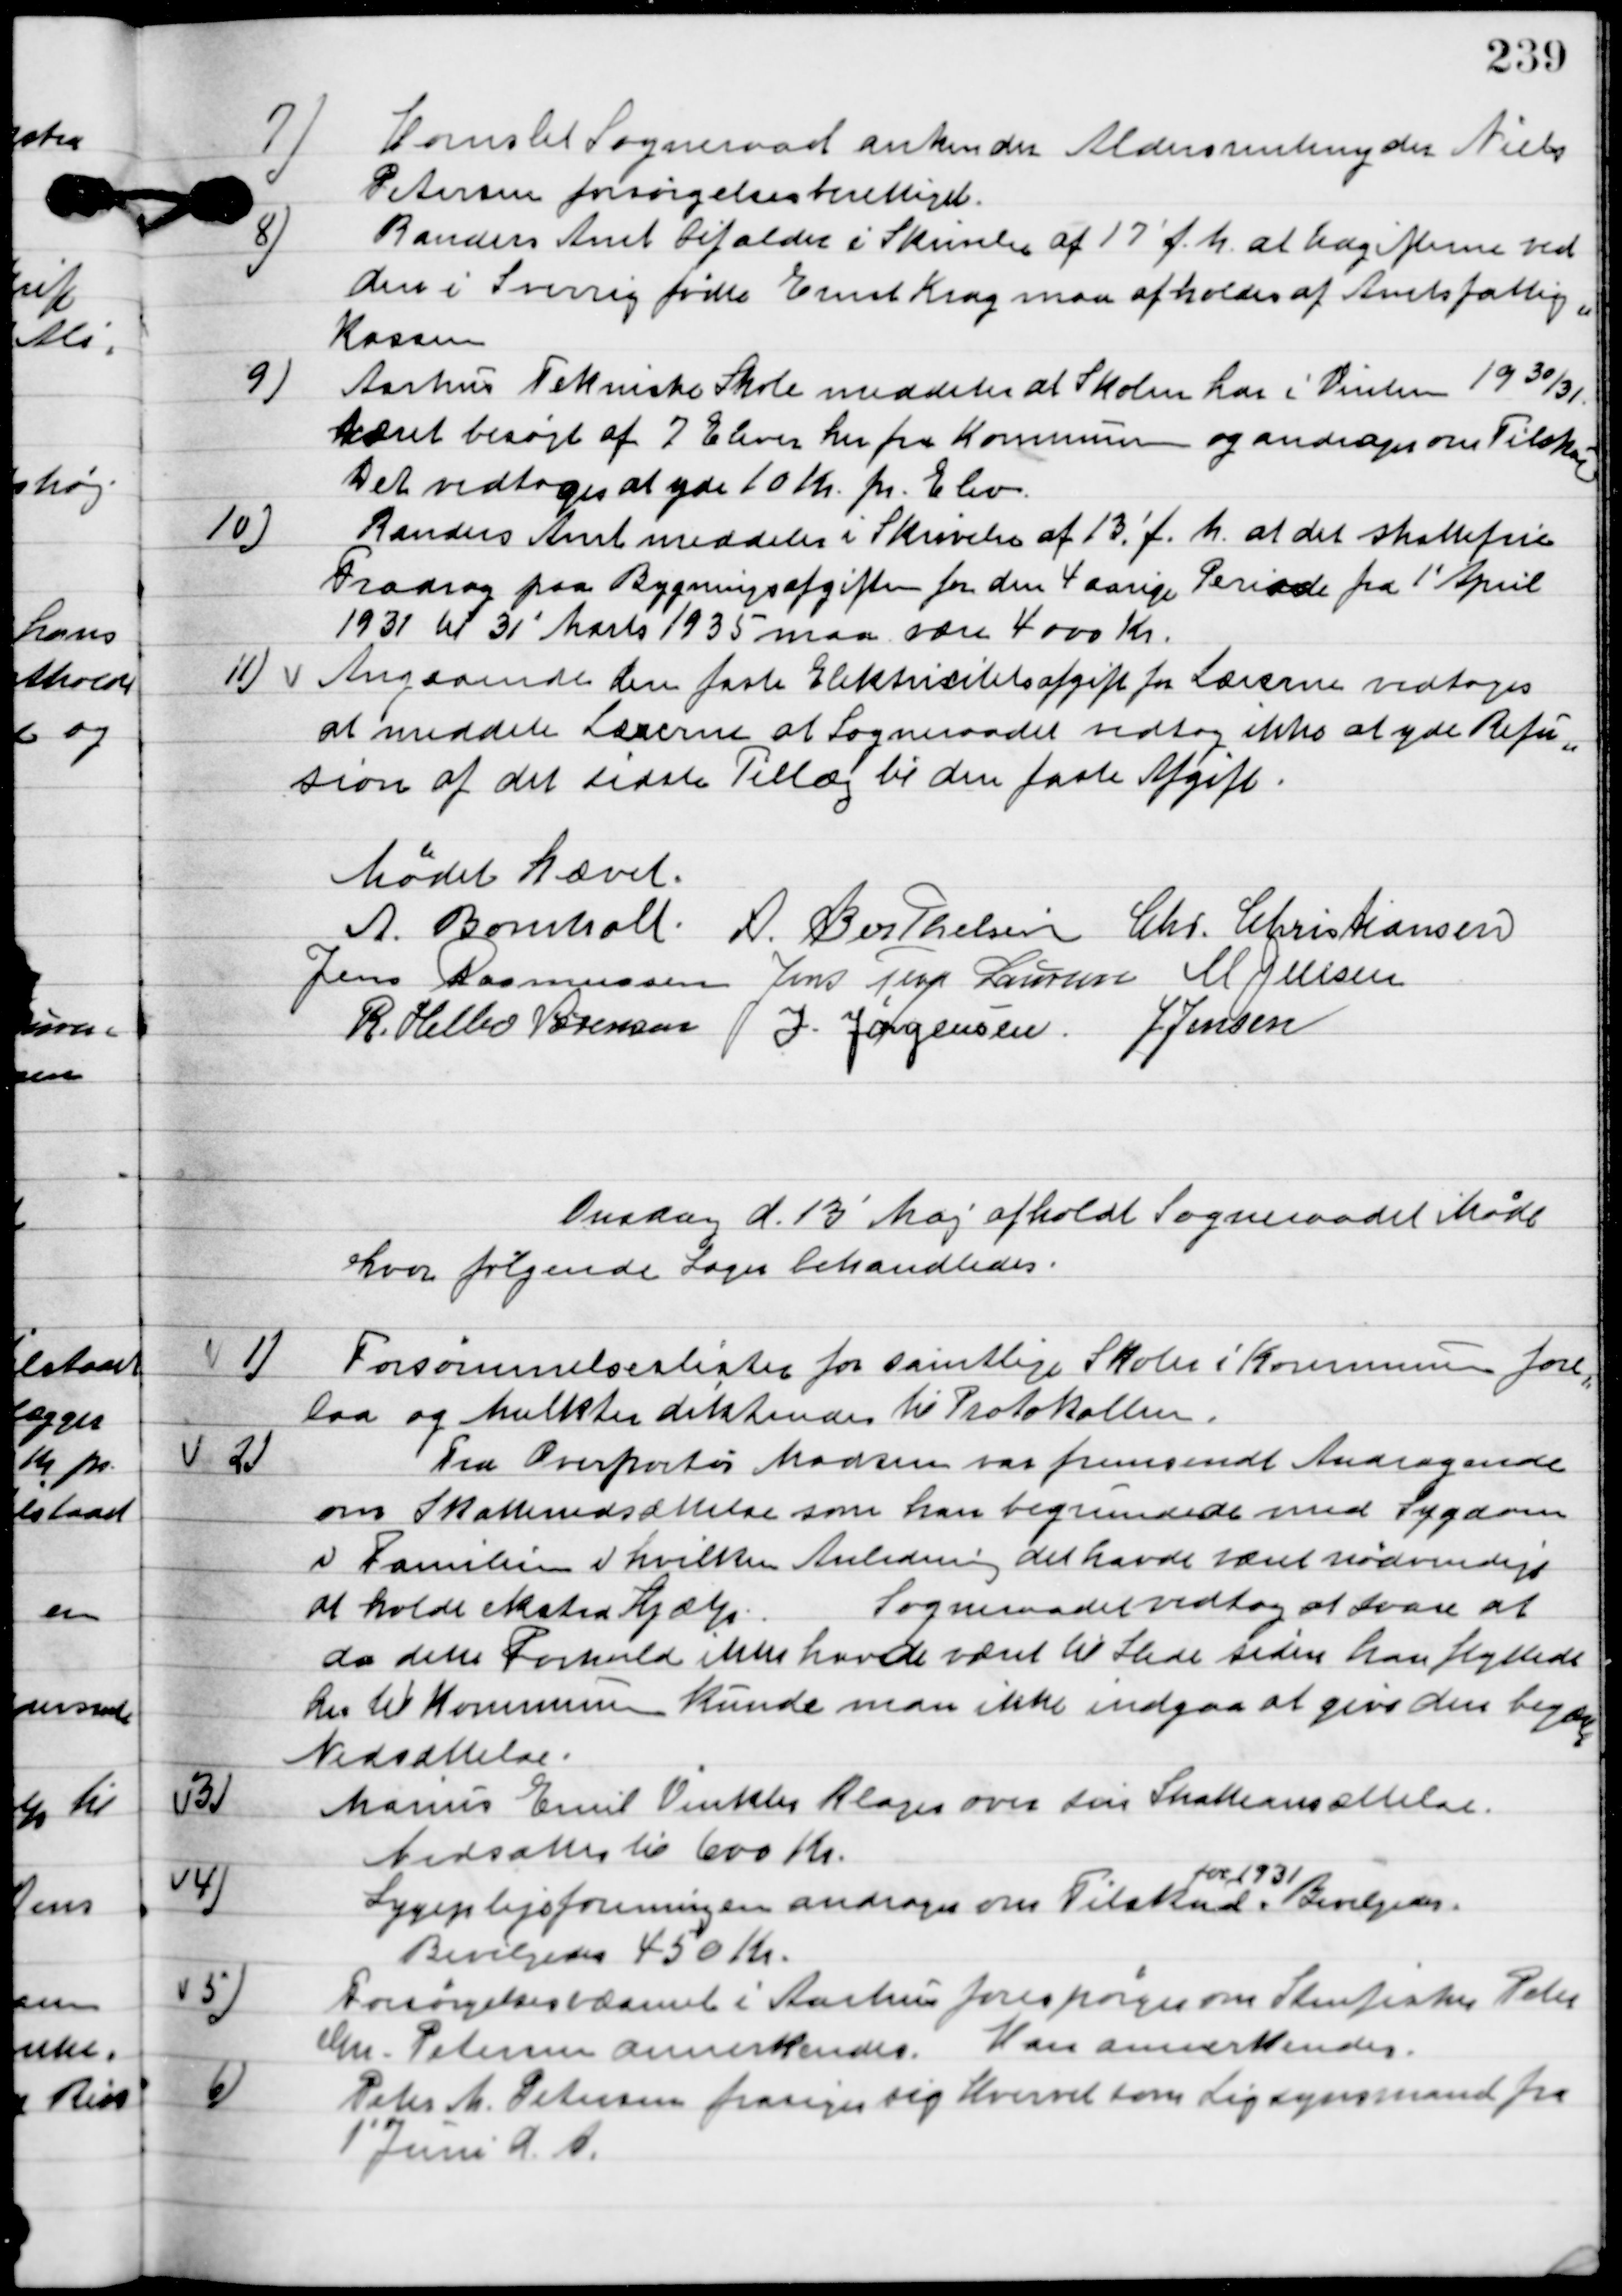
Transskription:
7

Hornslet Sogneraad ankender Aldersrentenyder Niels
Petersen forsørgelses berettiget.

8

Randers Amt bifalder i Skrivelse af 17´ f. M. at udgifterne ved 
den i Sverrig fødtes Ernst Krog maa afholdes af Amtsfattig-
kassen.

9

Aarhus Tekniske Skole meddeler at Skolen har i Vinter 19 30/31
været besøgt af 7 Elever fra Kommunen og andrager om tilskud.
Det vedtoges at yde 10 Kr. pr. Elev.

10

Randers Amt meddeler i Skrivelse af 13´ f. h. at det skattefrie
fradrag paa bygningsafgiften for den 4 aarige Periode fra 1´ April
1931 til 31´ Marts 1935 maa være 4000 Kr.

11

Angaaende den faste Elektricitets afgift for Lærerne vedtoges
 at meddele Lærerne at Sogneraadet vedtog ikke at yde Refu-
sion af det sidste Tillæg til den faste Afgift.

Mødet hævet.

A. Bomholt
A. Berthelsen
Chr. Christiansen
Jens Rasmussen
Jens Terp Laursen
M. Jensen
R. Helbo Sørensen
I. Jørgensen
Jens Jensen

Onsdag d. 13. Maj afholdt Sogneraadet Møde
hvor følgende sager behandledes.

1

Forsømmelseslister for samtlige Skoler i Kommunen fore-
laa og Mulkter dikteredes til Protokollen.

2

Fra Overportør Madsen var fremsendt Andragende
om Skattenedsættelse som han begrundede med Sygdom
v. Familien i hvilken Anledning det havde været nødvendig
at holde ekstra Hjælp.
Sogneraadet vedtog at svare at
da dette Forhold ikke havde været til stede siden han flyttede
her til Kommunen kunde man ikke indgaa at give dem begge
Nedsættelse.

3

Marius Emil Vinkler Klager over sin Skatteansættelse.
Nedsættes til 600 Kr.

4

Sygeplejeforeningen andrager om Tilskud
for 1931
Bevilgedes.
Bevilgedes 450 Kr.

5

Forsørgelsesudvalget i Aarhus forespørger om Stenfisker Peter
Chr. Petersen annerkendes.
Han annerkendes.

6

Peter M. Petersen frasiger sig Hvervet som Ligsynsmand fra
1´ Juni d. A.